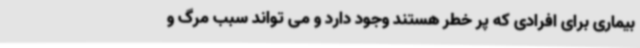
بیماری برای افرادی که پر خطر هستند وجود دارد و می تواند سبب مرگ و